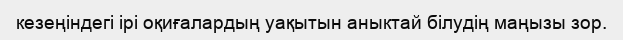
кезеңіндегі ірі оқиғалардың уақытын аныктай білудің маңызы зор.